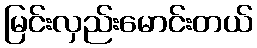
မြင်းလှည်းမောင်းတယ်